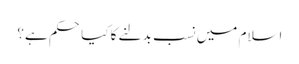
اسلام میں نسب بدلنے کا کیا حکم ہے؟